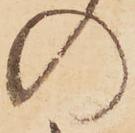
の